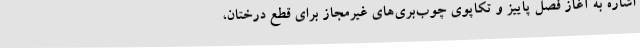
اشاره به آغاز فصل پاییز و تکاپوی چوب‌بری‌های غیرمجاز برای قطع درختان،